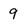
Character: 9